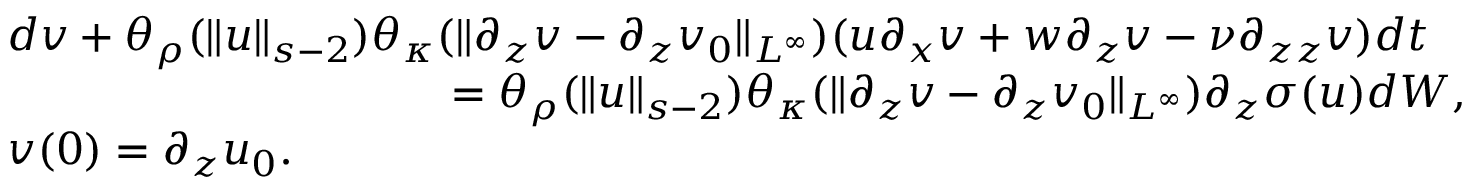
\begin{array} { r l } & { d v + \theta _ { \rho } ( \| u \| _ { s - 2 } ) \theta _ { \kappa } ( \| \partial _ { z } v - \partial _ { z } v _ { 0 } \| _ { L ^ { \infty } } ) ( u \partial _ { x } v + w \partial _ { z } v - \nu \partial _ { z z } v ) d t } \\ & { \qquad \qquad \qquad \qquad \qquad = \theta _ { \rho } ( \| u \| _ { s - 2 } ) \theta _ { \kappa } ( \| \partial _ { z } v - \partial _ { z } v _ { 0 } \| _ { L ^ { \infty } } ) \partial _ { z } \sigma ( u ) d W , } \\ & { v ( 0 ) = \partial _ { z } u _ { 0 } . } \end{array}